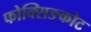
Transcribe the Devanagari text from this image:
फोक्सिङकोट